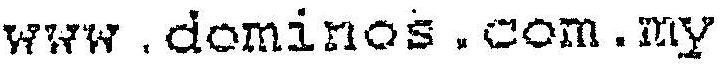
WWW.DOMINOS.COM.MY